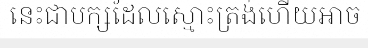
នេះជាបក្សដែលស្មោះត្រង់ហើយអាច